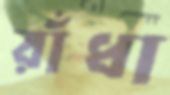
রাঁধা